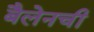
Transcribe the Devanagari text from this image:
बैलेनची